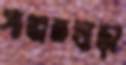
পাঞ্জনখাড়া